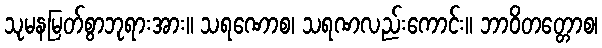
သုမနမြတ်စွာဘုရားအား။ သရဏောစ၊ သရဏလည်းကောင်း။ ဘာဝိတတ္တောစ၊